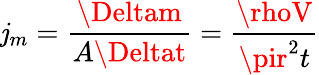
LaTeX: \mathit{j}_{m}={\frac{{\Deltam}}{{A\Deltat}}}={\frac{{\rhoV}}{{\pir^{2}t}}}